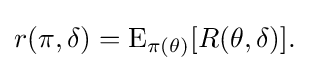
r(\pi ,\delta )=\operatorname {E} _{\pi (\theta )}[R(\theta ,\delta )].\,\!